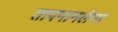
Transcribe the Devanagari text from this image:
तापमानलेना